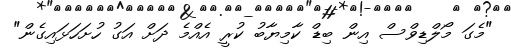
"މެގަ މޯލްޑިވްސް އިން ބިޑް ކާމިޔާބު ކުރީ އެއްމެ ދަށް އަގު ހުށަހަޅައިގެން"